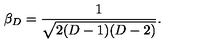
\beta _ { D } = \frac { 1 } { \sqrt { 2 ( D - 1 ) ( D - 2 ) } } .